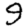
Digit: 9